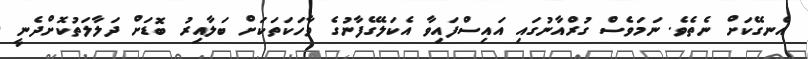
އެނގޭކަށް ނެތެވެ. ނަމަވެސް ގުރްއާނުގައި އައިސްފައިވާ އެކަލޭގެފާނުގެ ވާހަކަތަކަށް ބަލާއިރު ބޮޑަށް ދަލާލަތުކޮށްދެނީ